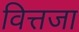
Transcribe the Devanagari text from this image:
वित्तजा